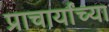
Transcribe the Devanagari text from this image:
प्राचार्यांच्या